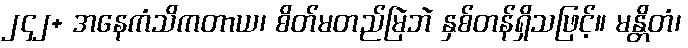
၂၄၂+ အနေကံသိကတာယ၊ စိတ်မတည်မြဲဘဲ နှစ်တန်ရှိသဖြင့်။ မန္တိတံ၊